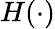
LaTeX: H(\cdot)